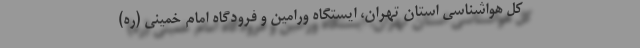
کل هواشناسی استان تهران، ایستگاه ورامین و فرودگاه امام خمینی (ره)